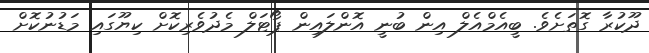
ދޫކުރާ ގޮތަށެވެ. ބީއެމްއެލް އިން ބުނީ އޮންލައިން ޕޯޓަލް މެދުވެރިކޮށް ކިޔޫގައި މަޑުނުކޮށް